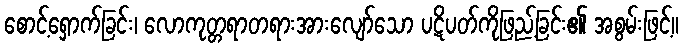
စောင့်ရှောက်ခြင်း၊ လောကုတ္တရာတရားအားလျော်သော ပဋိပတ်ကိုဖြည့်ခြင်း၏ အစွမ်းဖြင့်။